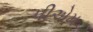
પીએમ